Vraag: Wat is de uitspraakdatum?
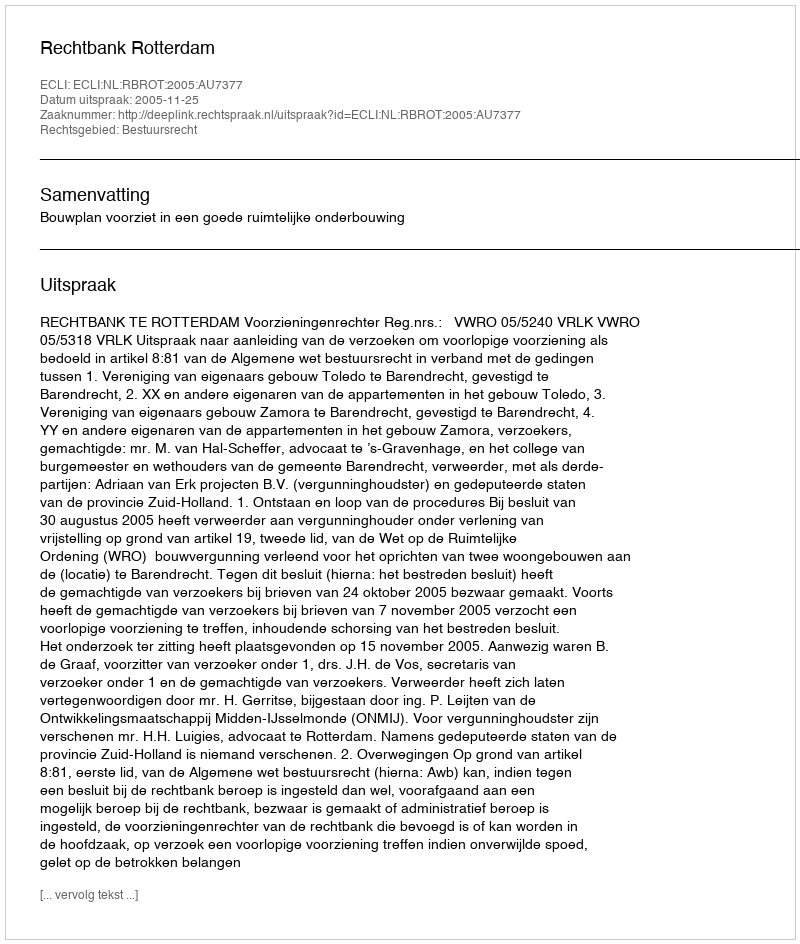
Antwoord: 2005-11-25